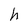
Character: h